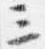
三